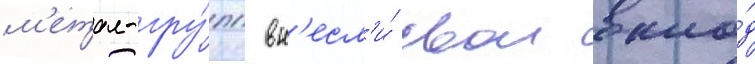
м'етал-гру́пп вн'есл'и́ свои вкла́д